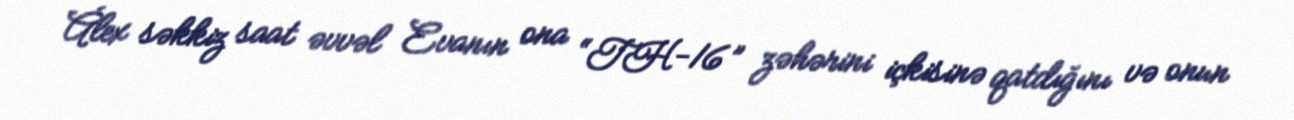
Álex səkkiz saat əvvəl Evanın ona “TH-16” zəhərini içkisinə qatdığını və onun